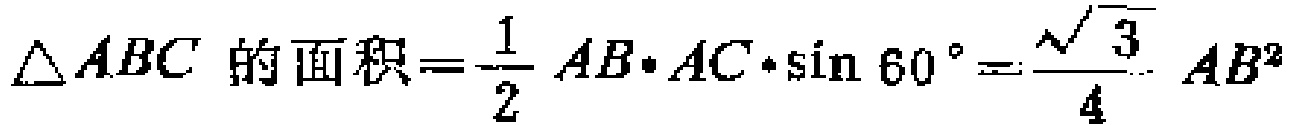
$\triangle ABC\ 的面积=\frac{1}{2} AB\cdot AC\cdot \sin 60^{\circ}=\frac{\sqrt{3}}{4} AB^{2}$